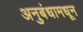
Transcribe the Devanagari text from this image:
अनुबंधामधून